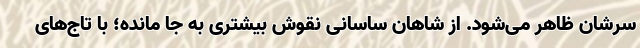
سرشان ظاهر می‌شود. از شاهان ساسانی نقوش بیشتری به جا مانده؛ با تاج‌های